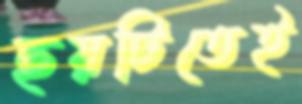
ছয়টিতেই